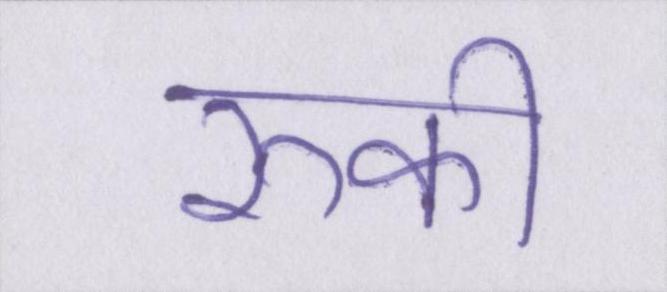
रूकी